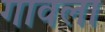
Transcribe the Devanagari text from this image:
गावला